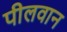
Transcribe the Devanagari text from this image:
पीलवान